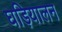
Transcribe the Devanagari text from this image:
घड़ियालन